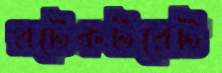
প্রটেকটরেট